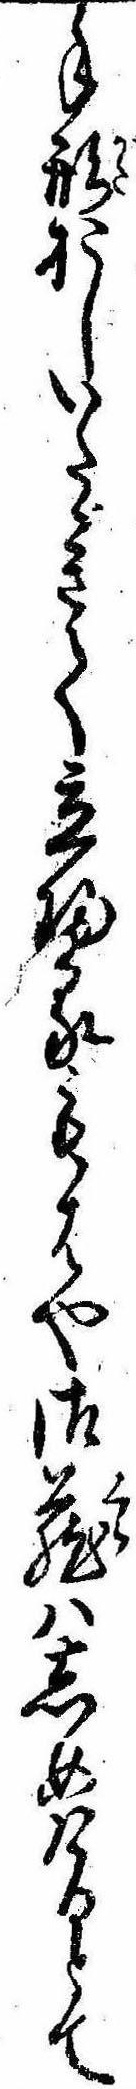
手形おしいたゞきて立帰るもはや御蔵はしめけるとて